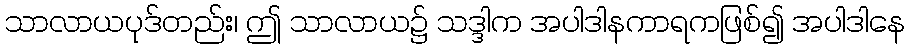
သာလာယပုဒ်တည်း၊ ဤ သာလာယ၌ သဒ္ဒါက အပါဒါနကာရကဖြစ်၍ အပါဒါနေ